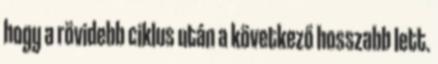
hogy a rövidebb ciklus után a következő hosszabb lett.